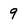
Character: q